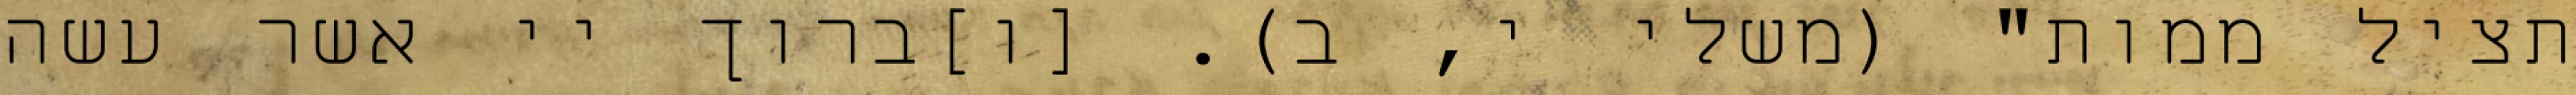
תציל ממות" (משלי י, ב). [ו]ברוך יי אשר עשה